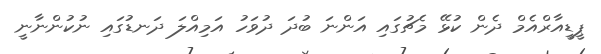
ޕީޑީއާރްއެމް ދެން ކުޅޭ މެޗުގައި އަންނަ ބުދަ ދުވަހު އަމިއްލަ ދަނޑުގައި ނުކުންނާނީ